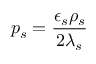
p _ { s } = \frac { \epsilon _ { s } \rho _ { s } } { 2 \lambda _ { s } }